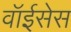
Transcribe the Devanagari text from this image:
वॉईसेस